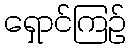
ရှောင်ကြဉ်